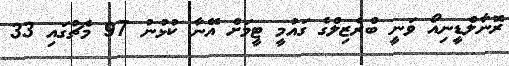
ރޮނާލްޑީނިއޯ ވަނީ ބްރެޒިލްގެ ގައުމީ ޓީމަށް އޭނާ ކުޅުނު 97 މެޗުގައި 33